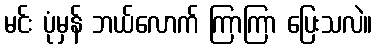
မင်း ပုံမှန် ဘယ်လောက် ကြာကြာ ပြေးသလဲ။